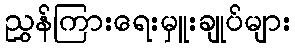
ညွှန်ကြားရေးမှူးချုပ်များ